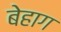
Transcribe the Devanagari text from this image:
बेहाग